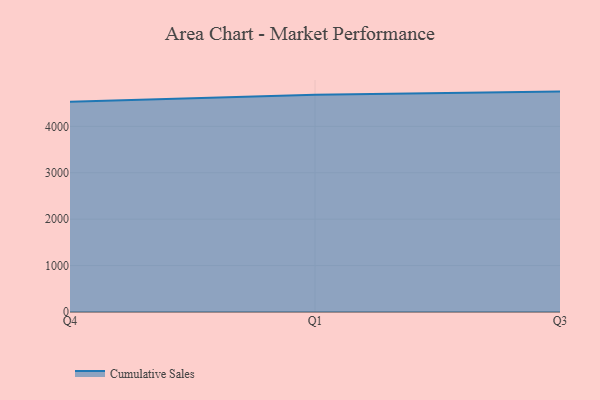
{"axis": {"x": "Quarter", "y": "Market Share (%)"}, "legend": ["Cumulative Sales"], "data": [{"x": "Q4", "y": 4531.0, "type": "Cumulative Sales"}, {"x": "Q1", "y": 4681.2, "type": "Cumulative Sales"}, {"x": "Q3", "y": 4749.1, "type": "Cumulative Sales"}]}